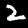
Digit: 2